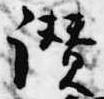
讃